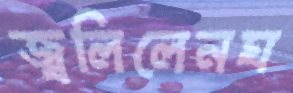
জ্বলিলেনঘ